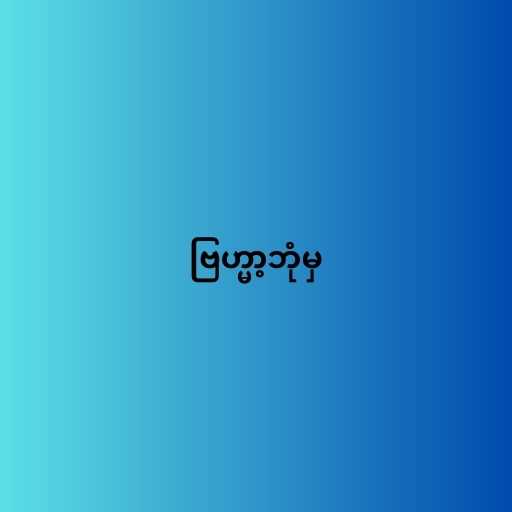
ဗြဟ္မာ့ဘုံမှ